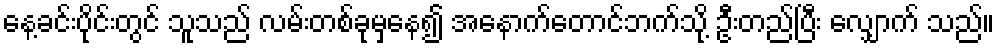
နေ့ခင်းပိုင်းတွင် သူသည် လမ်းတစ်ခုမှနေ၍ အနောက်တောင်ဘက်သို့ ဦးတည်ပြီး လျှောက် သည်။